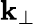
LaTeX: \mathbf{k}_{\perp}